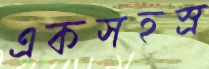
একসহস্র